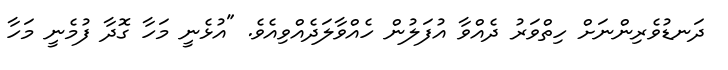
ދަނޑުވެރިންނަށް ހިތްވަރު ދެއްވާ އުފަލުން ހެއްވާލަދެއްވިއެވެ. "އުޅެނީ މަހާ ގޮދާ ފުމެނީ މަހާ